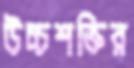
উচ্চশক্তির